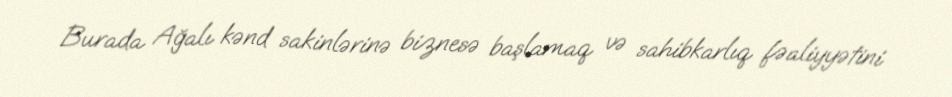
Burada Ağalı kənd sakinlərinə biznesə başlamaq və sahibkarlıq fəaliyyətini